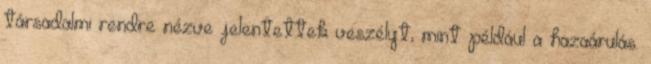
társadalmi rendre nézve jelentettek veszélyt, mint például a hazaárulás.